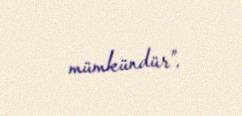
mümkündür”.